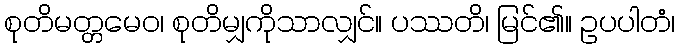
စုတိမတ္တမေဝ၊ စုတိမျှကိုသာလျှင်။ ပဿတိ၊ မြင်၏။ ဥပပါတံ၊